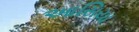
આસિયા